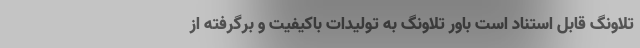
تلاونگ قابل استناد است باور تلاونگ به تولیدات باکیفیت و برگرفته از